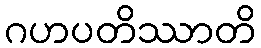
ဂဟပတိဿာတိ